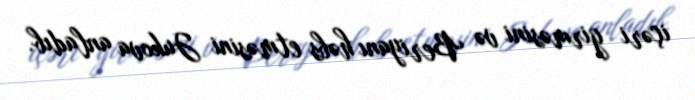
içəri girməsini və Beriyanı həbs etməsini Jukova anladıb.